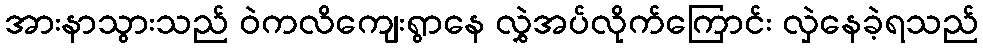
အားနာသွားသည် ဝဲကလိကျေးရွာနေ လွှဲအပ်လိုက်ကြောင်း လှဲနေခဲ့ရသည်